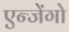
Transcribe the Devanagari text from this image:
एन्जेंगो